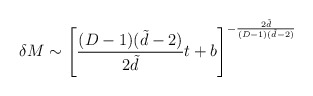
\begin{align*}\delta M \sim \left[\frac{(D-1)(\tilde d-2)}{2\tilde d} t +b \right]^{-\frac{2\tilde d}{(D-1)(\tilde d-2)}}\end{align*}